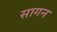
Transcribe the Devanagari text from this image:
सागन